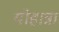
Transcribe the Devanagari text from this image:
योहान्ना